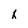
Character: h